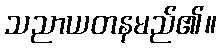
သညာယတနမည်၏။